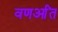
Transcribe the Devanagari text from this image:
वणर्आंत